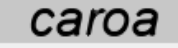
caroa